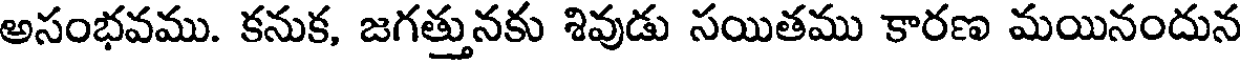
అసంభవము. కనుక, జగత్తునకు శివుడు సయితము కారణ మయినందున